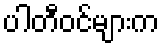
ပါတီဝင်များက